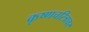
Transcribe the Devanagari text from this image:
कृष्णचरित्रावर